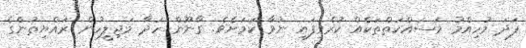
ފަދަ މުހިއްމު މަސައްކަތްތަކެއް ކުރެވިފައި ނުވާ ކަމަށެވެ. ގާނޫން ހަދާ މަޖިލީހުން ރައްޔިތުންގެ